Indian journal of veterinary science and animal husbandry - Volume 7,
Year: 1937
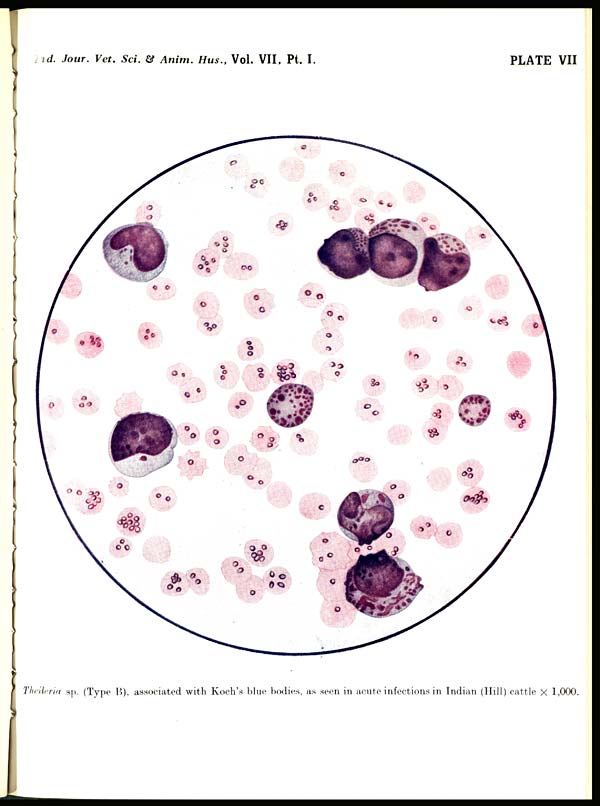
Ind. Jour.Vet. Sci. & Anim. Hus., Vol. VII, Pt. I.
PLATE VII
Theileria sp. (Type B), associated with Koch's blue bodies, as seen in acute infections in Indian (Hill) cattle × 1,000.